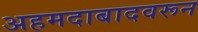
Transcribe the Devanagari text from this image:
अहमदाबादवरून